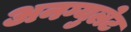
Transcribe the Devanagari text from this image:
अनग्युलेट